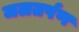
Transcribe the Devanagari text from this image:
जलतर्पण